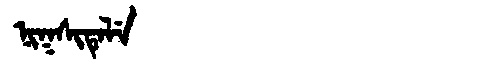
Manchu: ᠨᡳᡴᠰᡳᡨᡝᠯᡝ
Romanization: NIKSITELE